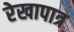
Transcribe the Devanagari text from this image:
रेखापात्र